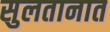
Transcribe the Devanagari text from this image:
सुलतानात